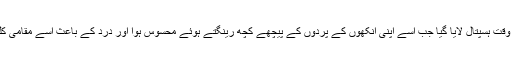
خاتون کو اس وقت ہسپتال لایا گیا جب اسے اپنی آنکھوں کے پردوں کے پیچھے کچھ رینگتے ہوئے محسوس ہوا اور درد کے باعث اسے مقامی کلینک لایا گیا ۔